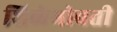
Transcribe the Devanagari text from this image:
शिळेभोवती